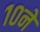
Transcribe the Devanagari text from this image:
१०ने